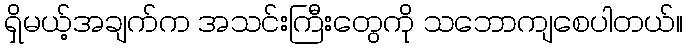
ရှိမယ့်အချက်က အသင်းကြီးတွေကို သဘောကျစေပါတယ်။